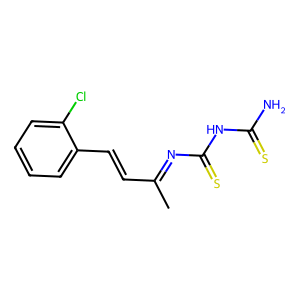
SMILES: CC(C=Cc1ccccc1Cl)=NC(=S)NC(N)=S
Inhibits HIV replication: No